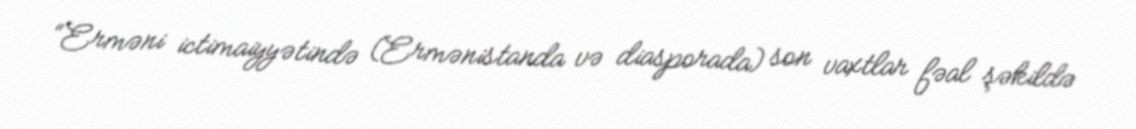
“Erməni ictimaiyyətində (Ermənistanda və diasporada) son vaxtlar fəal şəkildə